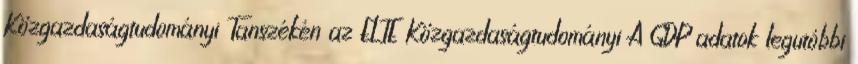
Közgazdaságtudományi Tanszékén az ELTE Közgazdaságtudományi A GDP adatok legutóbbi